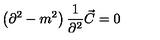
\left( \partial ^ { 2 } - m ^ { 2 } \right) { \frac { 1 } { \partial ^ { 2 } } } \vec { C } = 0